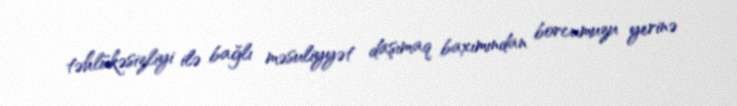
təhlükəsizliyi ilə bağlı məsuliyyət daşımaq baxımından borcumuzu yerinə